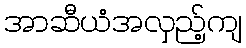
အာဆီယံအလှည့်ကျ